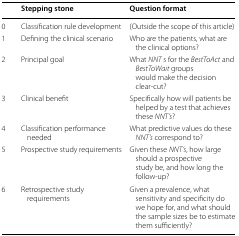
<table><thead><tr><td>[EMPTY_CELL]</td><td><b>Stepping stone</b></td><td><b>Question format</b></td></tr></thead><tbody><tr><td>0</td><td>Classification rule development</td><td>(Outside the scope of this article)</td></tr><tr><td>1</td><td>Defining the clinical scenario</td><td>Who are the patients, what are the clinical options?</td></tr><tr><td>2</td><td>Principal goal</td><td>What <i>NNT</i> s for the <i>BestToAct</i> and <i>BestToWait</i> groups would make the decision clear-cut?</td></tr><tr><td>3</td><td>Clinical benefit</td><td>Specifically how will patients be helped by a test that achieves these <i>NNT’s</i>?</td></tr><tr><td>4</td><td>Classification performance needed</td><td>What predictive values do these <i>NNT’s</i> correspond to?</td></tr><tr><td>5</td><td>Prospective study requirements</td><td>Given these <i>NNT’s</i>, how large should a prospective study be, and how long the follow-up?</td></tr><tr><td>6</td><td>Retrospective study requirements</td><td>Given a prevalence, what sensitivity and specificity do we hope for, and what should the sample sizes be to estimate them sufficiently?</td></tr></tbody></table>